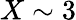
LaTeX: X\sim 3